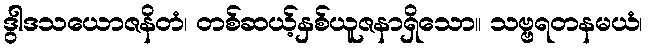
ဒွါဒသယောဇနိတံ၊ တစ်ဆယ့်နှစ်ယူဇနာရှိသော။ သဗ္ဗရတနမယံ၊